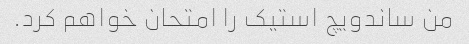
من ساندویچ استیک را امتحان خواهم کرد.